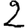
Digit: 2